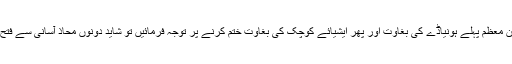
لیکن اگر سلطان معظم پہلے ہونیاڈے کی بغاوت اور پھر ایشیائے کوچک کی بغاوت ختم کرنے پر توجہ فرمائیں تو شاید دونوں محاذ آسانی سے فتح کئے جاسکیں۔